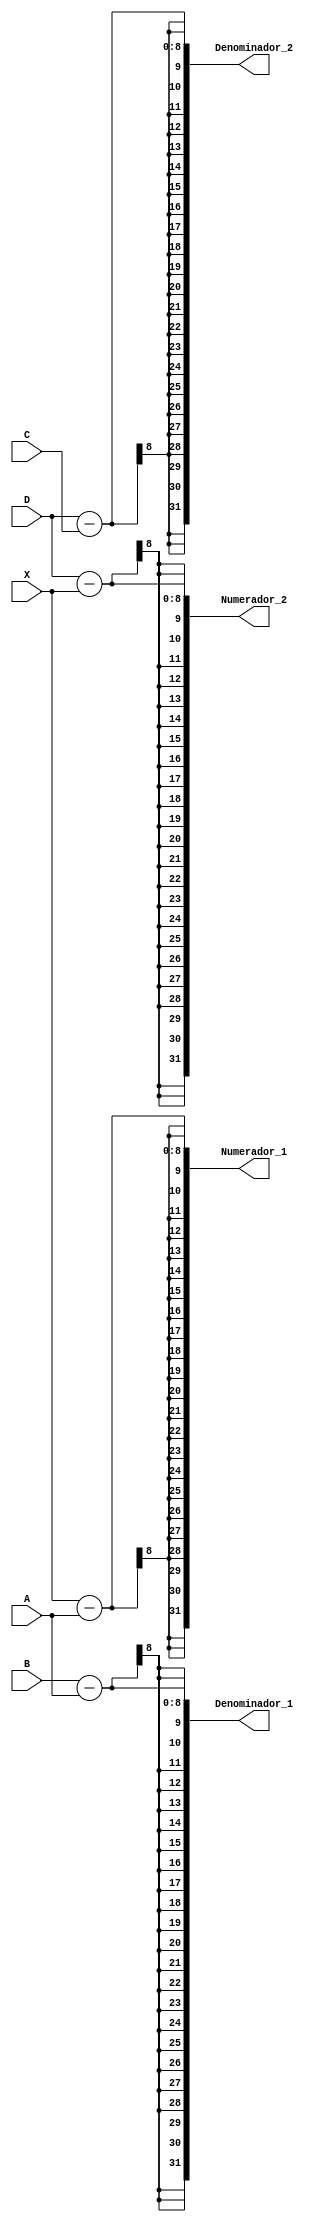
module Num_denom_trapezio (X, A, B, C, D, Numerador_1, Denominador_1, Numerador_2, Denominador_2);
input [7:0] X, A, B, C,D;
output [31:0]  Numerador_1, Denominador_1, Numerador_2, Denominador_2;

wire [31:0] nx, na, nb, nc, nd;

assign nx = {16'd0, X};
assign na = {16'd0, A};
assign nb = {16'd0, B};
assign nc = {16'd0, C};
assign nd = {16'd0, D};

assign Numerador_1 = nx-na;
assign Denominador_1 = nb-na;
assign Numerador_2 = nd-nx;
assign Denominador_2 = nd-nc;

endmodule


/*============================================================================================================
 Este programa tem a finalidade de criar os numeradores e denominadores  para a funo triangular:
              --------------------------------------------------------------
				   trimf (X;A,B,C) = max(min{[(x-a)/(b-a)],[1],[(d-x)/(d-c)],[0]} 
				  --------------------------------------------------------------
Onde: Numerador_1 = (x-a);
      Denominador_1 = (b-a);
		Numerador_2 = (d-x);
		Denominador_2 = (d-c);  
		                                           ________ 
		                                          /        \
	                                            /          \
                                              /            \	
															/              \ 
		                                      a    b      c    d
===============================================================================================================*/